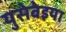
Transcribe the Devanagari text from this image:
युसेबेइया